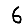
Digit: 6